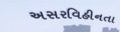
અસરવિહીનતા